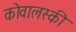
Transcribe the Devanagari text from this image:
कोवालस्की